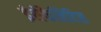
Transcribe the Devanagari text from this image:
इंसेफैलिटिस